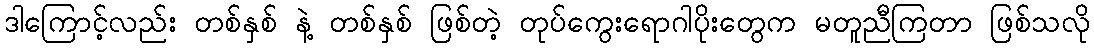
ဒါကြောင့်လည်း တစ်နှစ် နဲ့ တစ်နှစ် ဖြစ်တဲ့ တုပ်ကွေးရောဂါပိုးတွေက မတူညီကြတာ ဖြစ်သလို